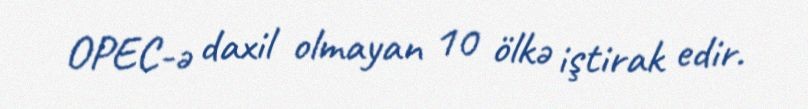
OPEC-ə daxil olmayan 10 ölkə iştirak edir.